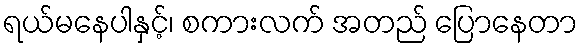
ရယ်မနေပါနှင့်၊ စကားလက် အတည် ပြောနေတာ